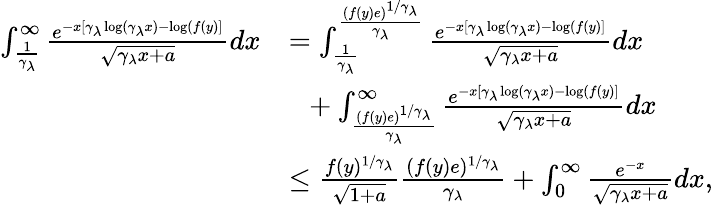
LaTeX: \begin{array}{rl}{\int_{\frac{1}{\gamma_{\lambda}}}^{\infty}\frac{e^{-x[\gamma_{\lambda}\log(\gamma_{\lambda}x)-\log(f(y)]}}{\sqrt{\gamma_{\lambda}x+a}}dx}&{=\int_{\frac{1}{\gamma_{\lambda}}}^{\frac{(f(y)e)^{1/\gamma_{\lambda}}}{\gamma_{\lambda}}}\frac{e^{-x[\gamma_{\lambda}\log(\gamma_{\lambda}x)-\log(f(y)]}}{\sqrt{\gamma_{\lambda}x+a}}dx}\\ &{\ \ +\int_{\frac{(f(y)e)^{1/\gamma_{\lambda}}}{\gamma_{\lambda}}}^{\infty}\frac{e^{-x[\gamma_{\lambda}\log(\gamma_{\lambda}x)-\log(f(y)]}}{\sqrt{\gamma_{\lambda}x+a}}dx}\\ &{\leq\frac{f(y)^{1/\gamma_{\lambda}}}{\sqrt{1+a}}\frac{(f(y)e)^{1/\gamma_{\lambda}}}{\gamma_{\lambda}}+\int_{0}^{\infty}\frac{e^{-x}}{\sqrt{\gamma_{\lambda}x+a}}dx,}\end{array}